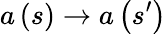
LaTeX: a\left(s\right)\rightarrow a\left(s^{\prime}\right)